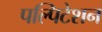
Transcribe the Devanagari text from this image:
पल्पिटेशन